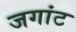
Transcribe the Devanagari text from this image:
जगांट